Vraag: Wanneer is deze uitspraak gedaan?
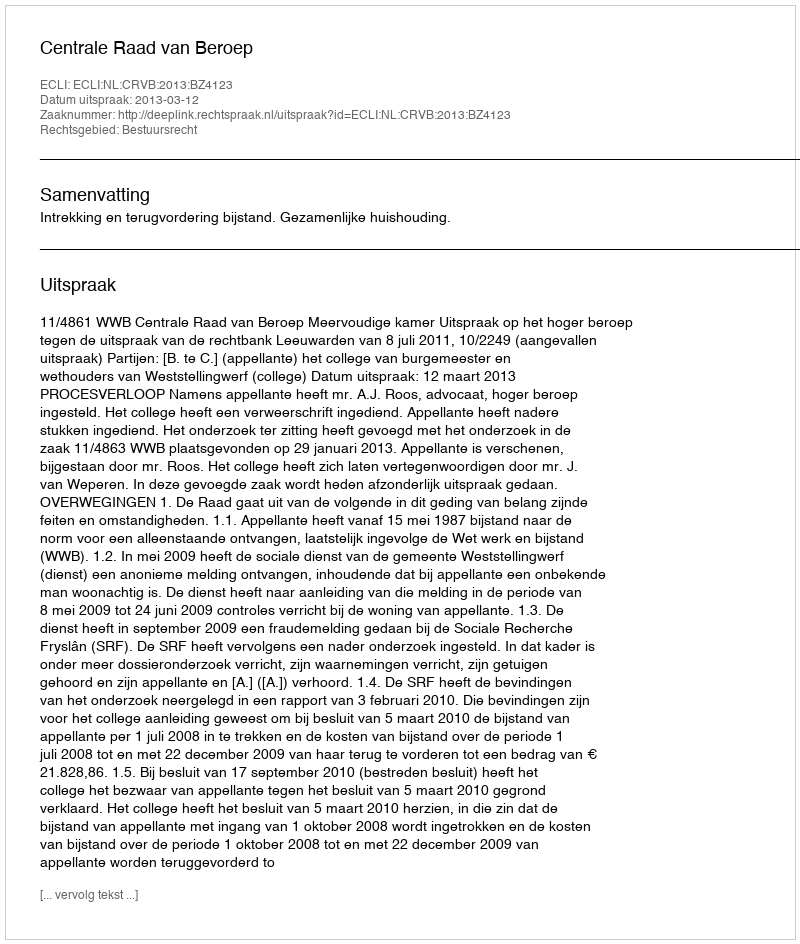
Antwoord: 2013-03-12